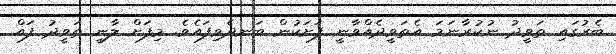
ބެރުގައި ތަވީދު ނުކުރާނަމަ އެތަވީދެއްވާނީ ފަށަކުން ބަނދެވިފައެވެ. މިފަށް ލާނީ ތަވީދު ފައް